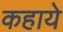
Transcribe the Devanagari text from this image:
कहाये